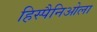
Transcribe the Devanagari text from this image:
हिस्पैनिओला